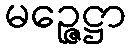
မဉ္ဇေဋ္ဌာ